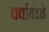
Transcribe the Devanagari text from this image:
चर्चामंडळे